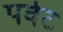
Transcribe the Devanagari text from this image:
पवेट